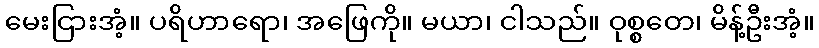
မေးငြားအံ့။ ပရိဟာရော၊ အဖြေကို။ မယာ၊ ငါသည်။ ဝုစ္စတေ၊ မိန့်ဦးအံ့။